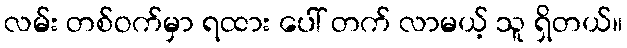
လမ်း တစ်ဝက်မှာ ရထား ပေါ် တက် လာမယ့် သူ ရှိတယ်။